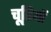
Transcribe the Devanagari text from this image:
चूडि़यों